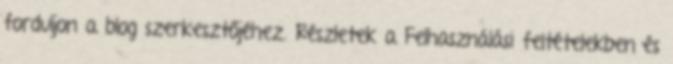
forduljon a blog szerkesztőjéhez. Részletek a Felhasználási feltételekben és